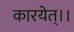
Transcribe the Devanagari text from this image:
कारयेत्।।